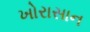
ખોરાસાન